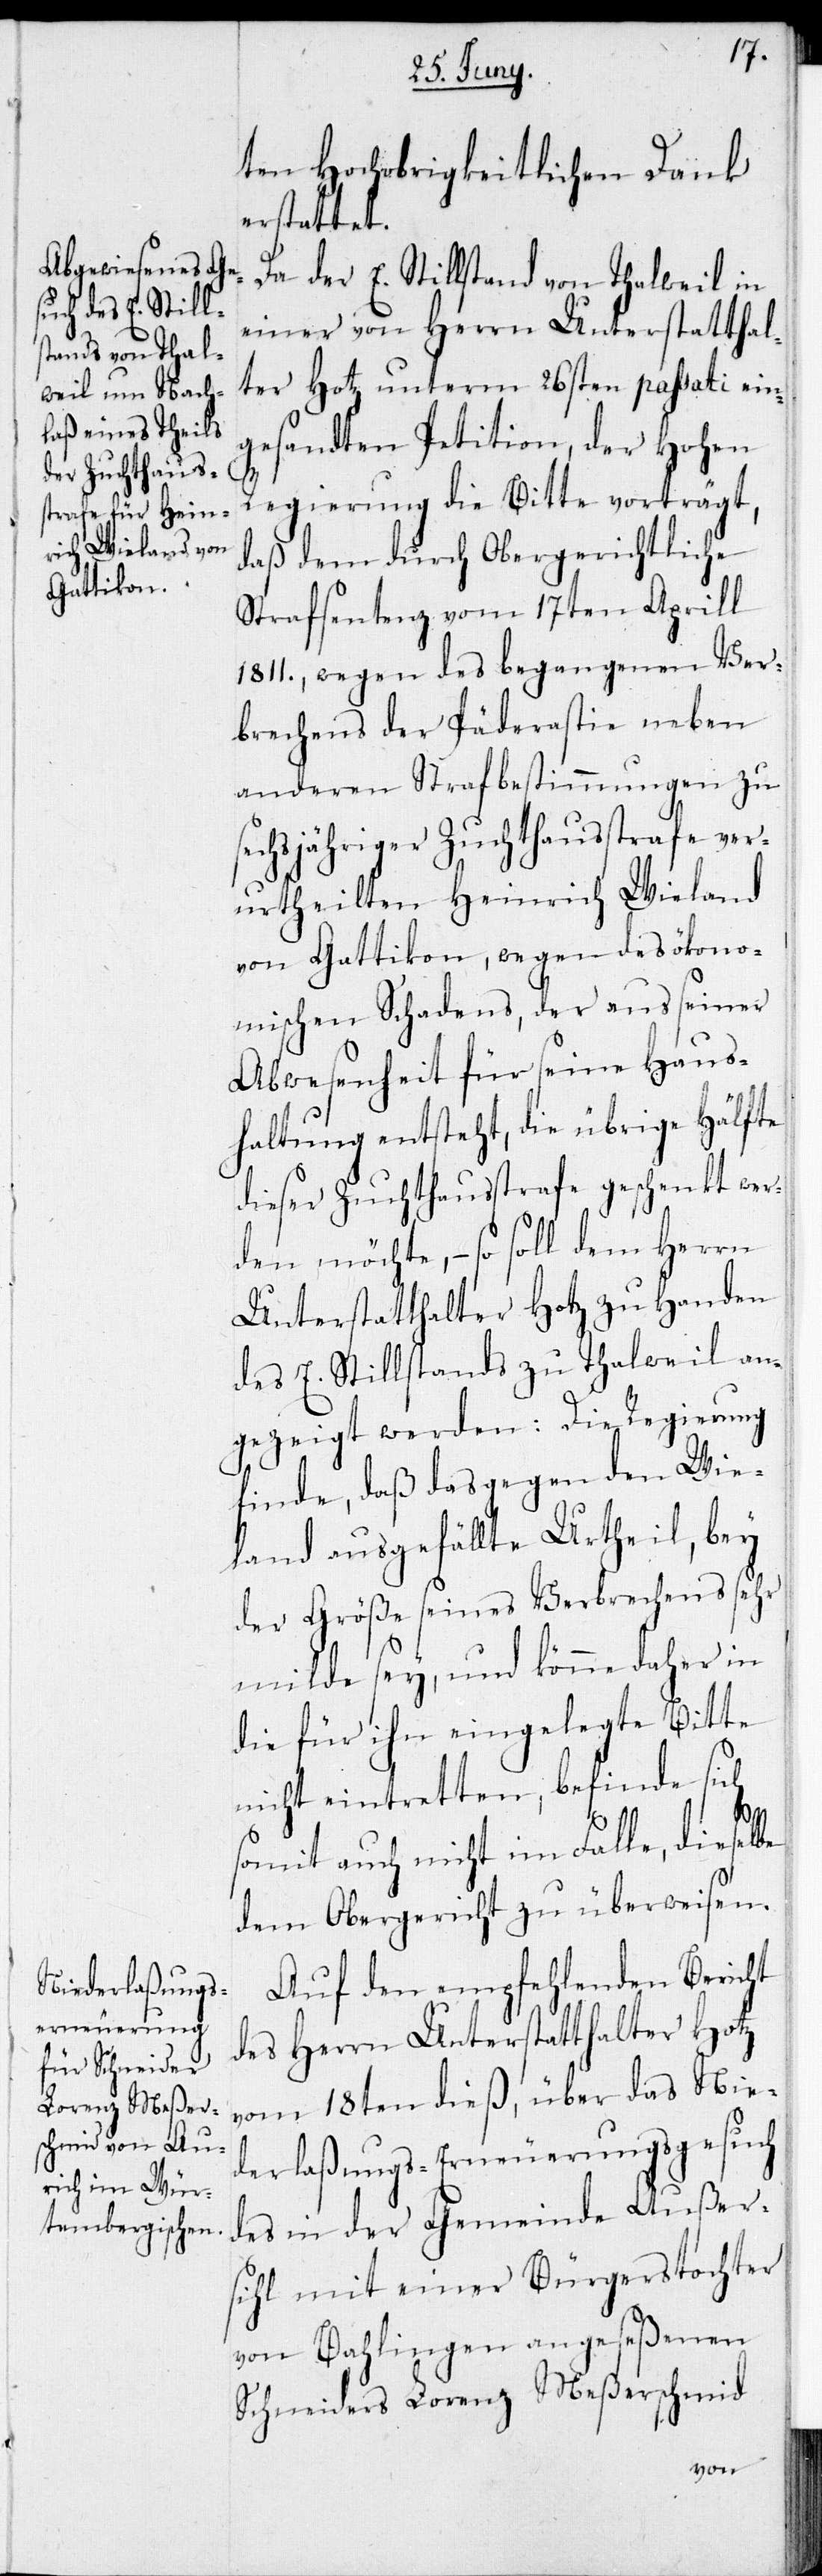
ten Hochobrigkeitlichen Dank
erstattet.
Da der E. Stillstand von Thalweil in
einer von Herrn Unterstatthal¬
ter Hotz unterm 26sten passati ein¬
gesandten Petition, der Hohen
Regierung die Bitte vorträgt,
daß dem durch obergerichtliche
Strafsentenz vom 17ten Aprill
1811., wegen des begangenen Ver¬
brechens der Päderastie neben
anderen Strafbestimmungen zu
sechsjähriger Zuchthausstrafe ver¬
urtheilten Heinrich Wieland
von Gattikon, wegen des ökono¬
mischen Schadens, der aus seiner
Abwesenheit für seine Haus¬
haltung entsteht, die übrige Hälfte
dieser Zuchthausstrafe geschenkt wer¬
den möchte, – so soll dem Herrn
Unterstatthalter Hotz zu Handen
des E. Stillstands zu Thalweil an¬
gezeigt werden: Die Regierung
finde, daß das gegen den Wie¬
land ausgefällte Urtheil, bey
der Größe seines Verbrechens sehr
milde sey, und könne daher in
die für ihn eingelegte Bitte
nicht eintretten, befinde sich
somit auch nicht im Falle, dieselbe
dem Obergericht zu überweisen.
Auf den empfehlenden Bericht
des Herrn Unterstatthalter Hotz
vom 18ten dieß, über das Nie¬
derlaßungs-Erneuerungsgesuch
des in der Gemeinde Außer¬
sihl mit einer Bürgerstochter
von Bahlingen angeseßene
Schneiders Lorenz Meßerschmid